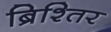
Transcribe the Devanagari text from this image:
ब्रिश्तिर